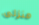
منزلى